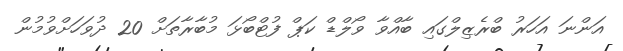
އަންނަ އަހަރު ބްރެޒިލްގައި ބާއްވާ ވޯލްޑް ކަޕް ފުޓްބޯޅަ މުބާރާތަށް 20 ދުވަހަށްވުމުން